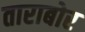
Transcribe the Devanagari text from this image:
ताराबोर